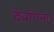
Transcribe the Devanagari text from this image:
देवांगना।